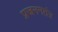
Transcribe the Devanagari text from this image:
प्रजननतंत्र